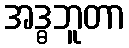
အဒ္ဓဘူတာ